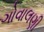
ગોવાલણી